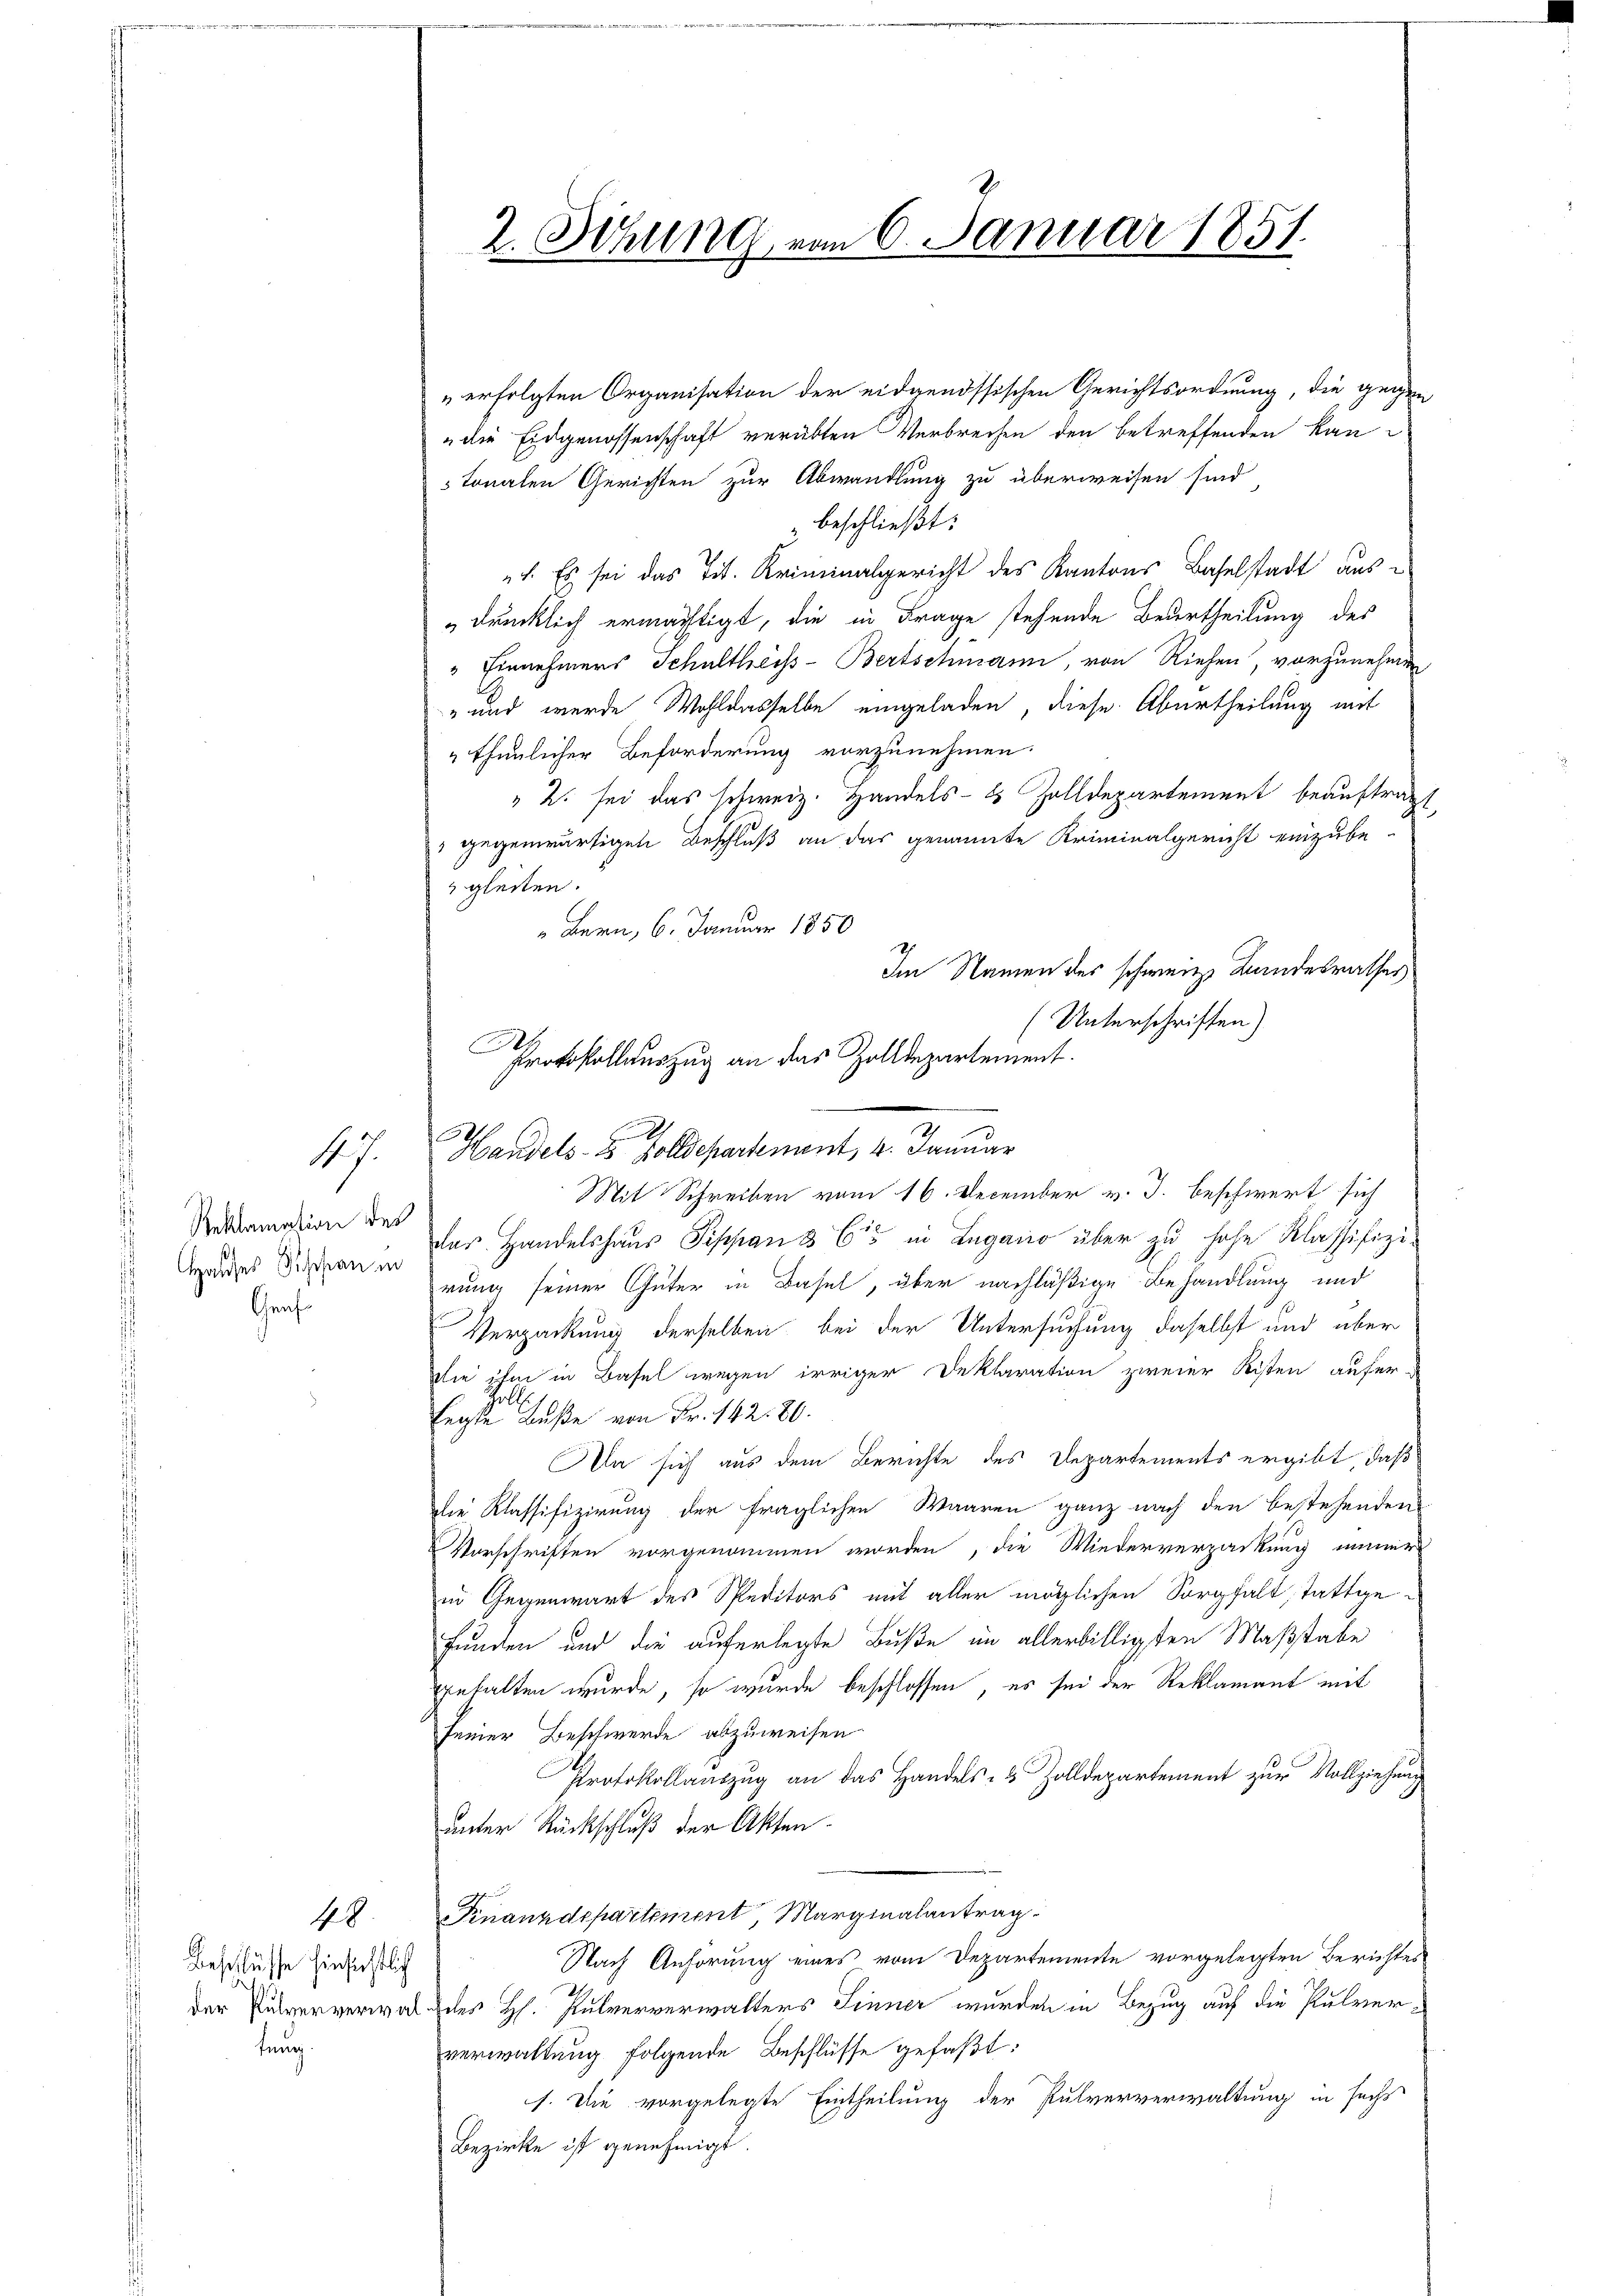
17.

Reklamation des
Hauses Schefrau in
Graf

48.
Beschlüsse hinsichtlich
fung.

2. Sitzung vom 6. Januar 1851.

" erfolgten Organisation der eidgenössischen Gerichtsordnung, die gegen
die Eidgenossenschaft verübten Verbrechen den betreffenden kantonalen Gerichten zur Abwandlung zu überweisen sind,
" beschließt:
1. Es sei das Tit. Kriminalgericht des Kantons Baselstadt aus
drücklich ermächtigt, die in Frage stehende Beurtheilung des
" Einnehmers Schultheiss-Bertschmann, von Riehen, vorzunehmen,
" und werde Wohldasselbe eingeladen, diese Aburtheilung mit
"thunlicher Beförderung vorzunehmen.
" 2. sei das schweiz. Handels- & Zolldepartement beauftragt,
" gegenwärtigen Beschluß an das genannte Kriminalgericht einzubegleiten.
" Bern, 6. Januar 1850
Im Namen des schweize Bandesrathes
(Unterschriften)
Mit Schreiben vom 16. December v. J. beschwert sich
das Handelshaus Pippan & Cie in Lugano über zu hohe Klassifizirung seiner Güter in Basel, über nachläßige Behandlung und
Verpackung derselben bei der Untersuchung daselbst und über
die ihm in Basel wegen irriger Deklaration zweier Kisten aufer-
holt.
Eegte Buße von Fr. 142. 80.
Da sich aus dem Berichte des Departements ergibt, daß
die Klassifizirung der fraglichen Waaren ganz nach den bestehenden
Vorschriften vorgenommen worden, die Wiederverpackung immer
in Gegenwart des Speditors mit aller möglichen Sorgfalt stattgefunden und die auferlegte Buße im allerbilligsten Maßstabe
gehalten wurde, so wurde beschlossen, es sei der Reklamant mit
seiner Beschwerde abzuweisen
Protokollauszug an das Handels- & Zolldepartement zur Vollziehung
unter Rückschluß der Akten.
Finanzdepartement Marginalantrag
Nach Anhörung eines vom Departemente vorgelegten Berichtes
der Pulververwalt geles H. Pulververwalters Finner wurden in Bezug auf die Pulververwaltung folgende Beschlüsse gefaßt:
1. Die vorgelegte Eintheilung der Pulververwaltung in sechs
Bezirke ist genehmigt.

B
Protokollauszug an das Zolldepartement.
Z
Handels- & Polldepartement, 4. Januar